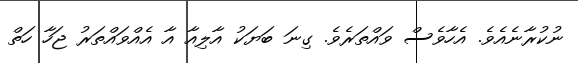
ނުކުރާނެއެވެ. އެހާވެސް ވައްތަރެވެ. ގިނަ ބަޔަކު އާލިއާ އާ އެއްވައްތަރު ޖަހާ ހަތް